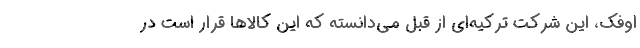
اوفک، این شرکت ترکیه‌ای از قبل می‌دانسته که این کالاها قرار است در